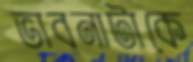
ভাবনাটাকে